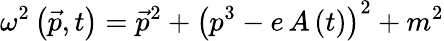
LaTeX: \omega^{2}\left(\vec{p},t\right)=\vec{p}^{2}+\left(p^{3}-e\, A\left(t\right)\right)^{2}+m^{2}